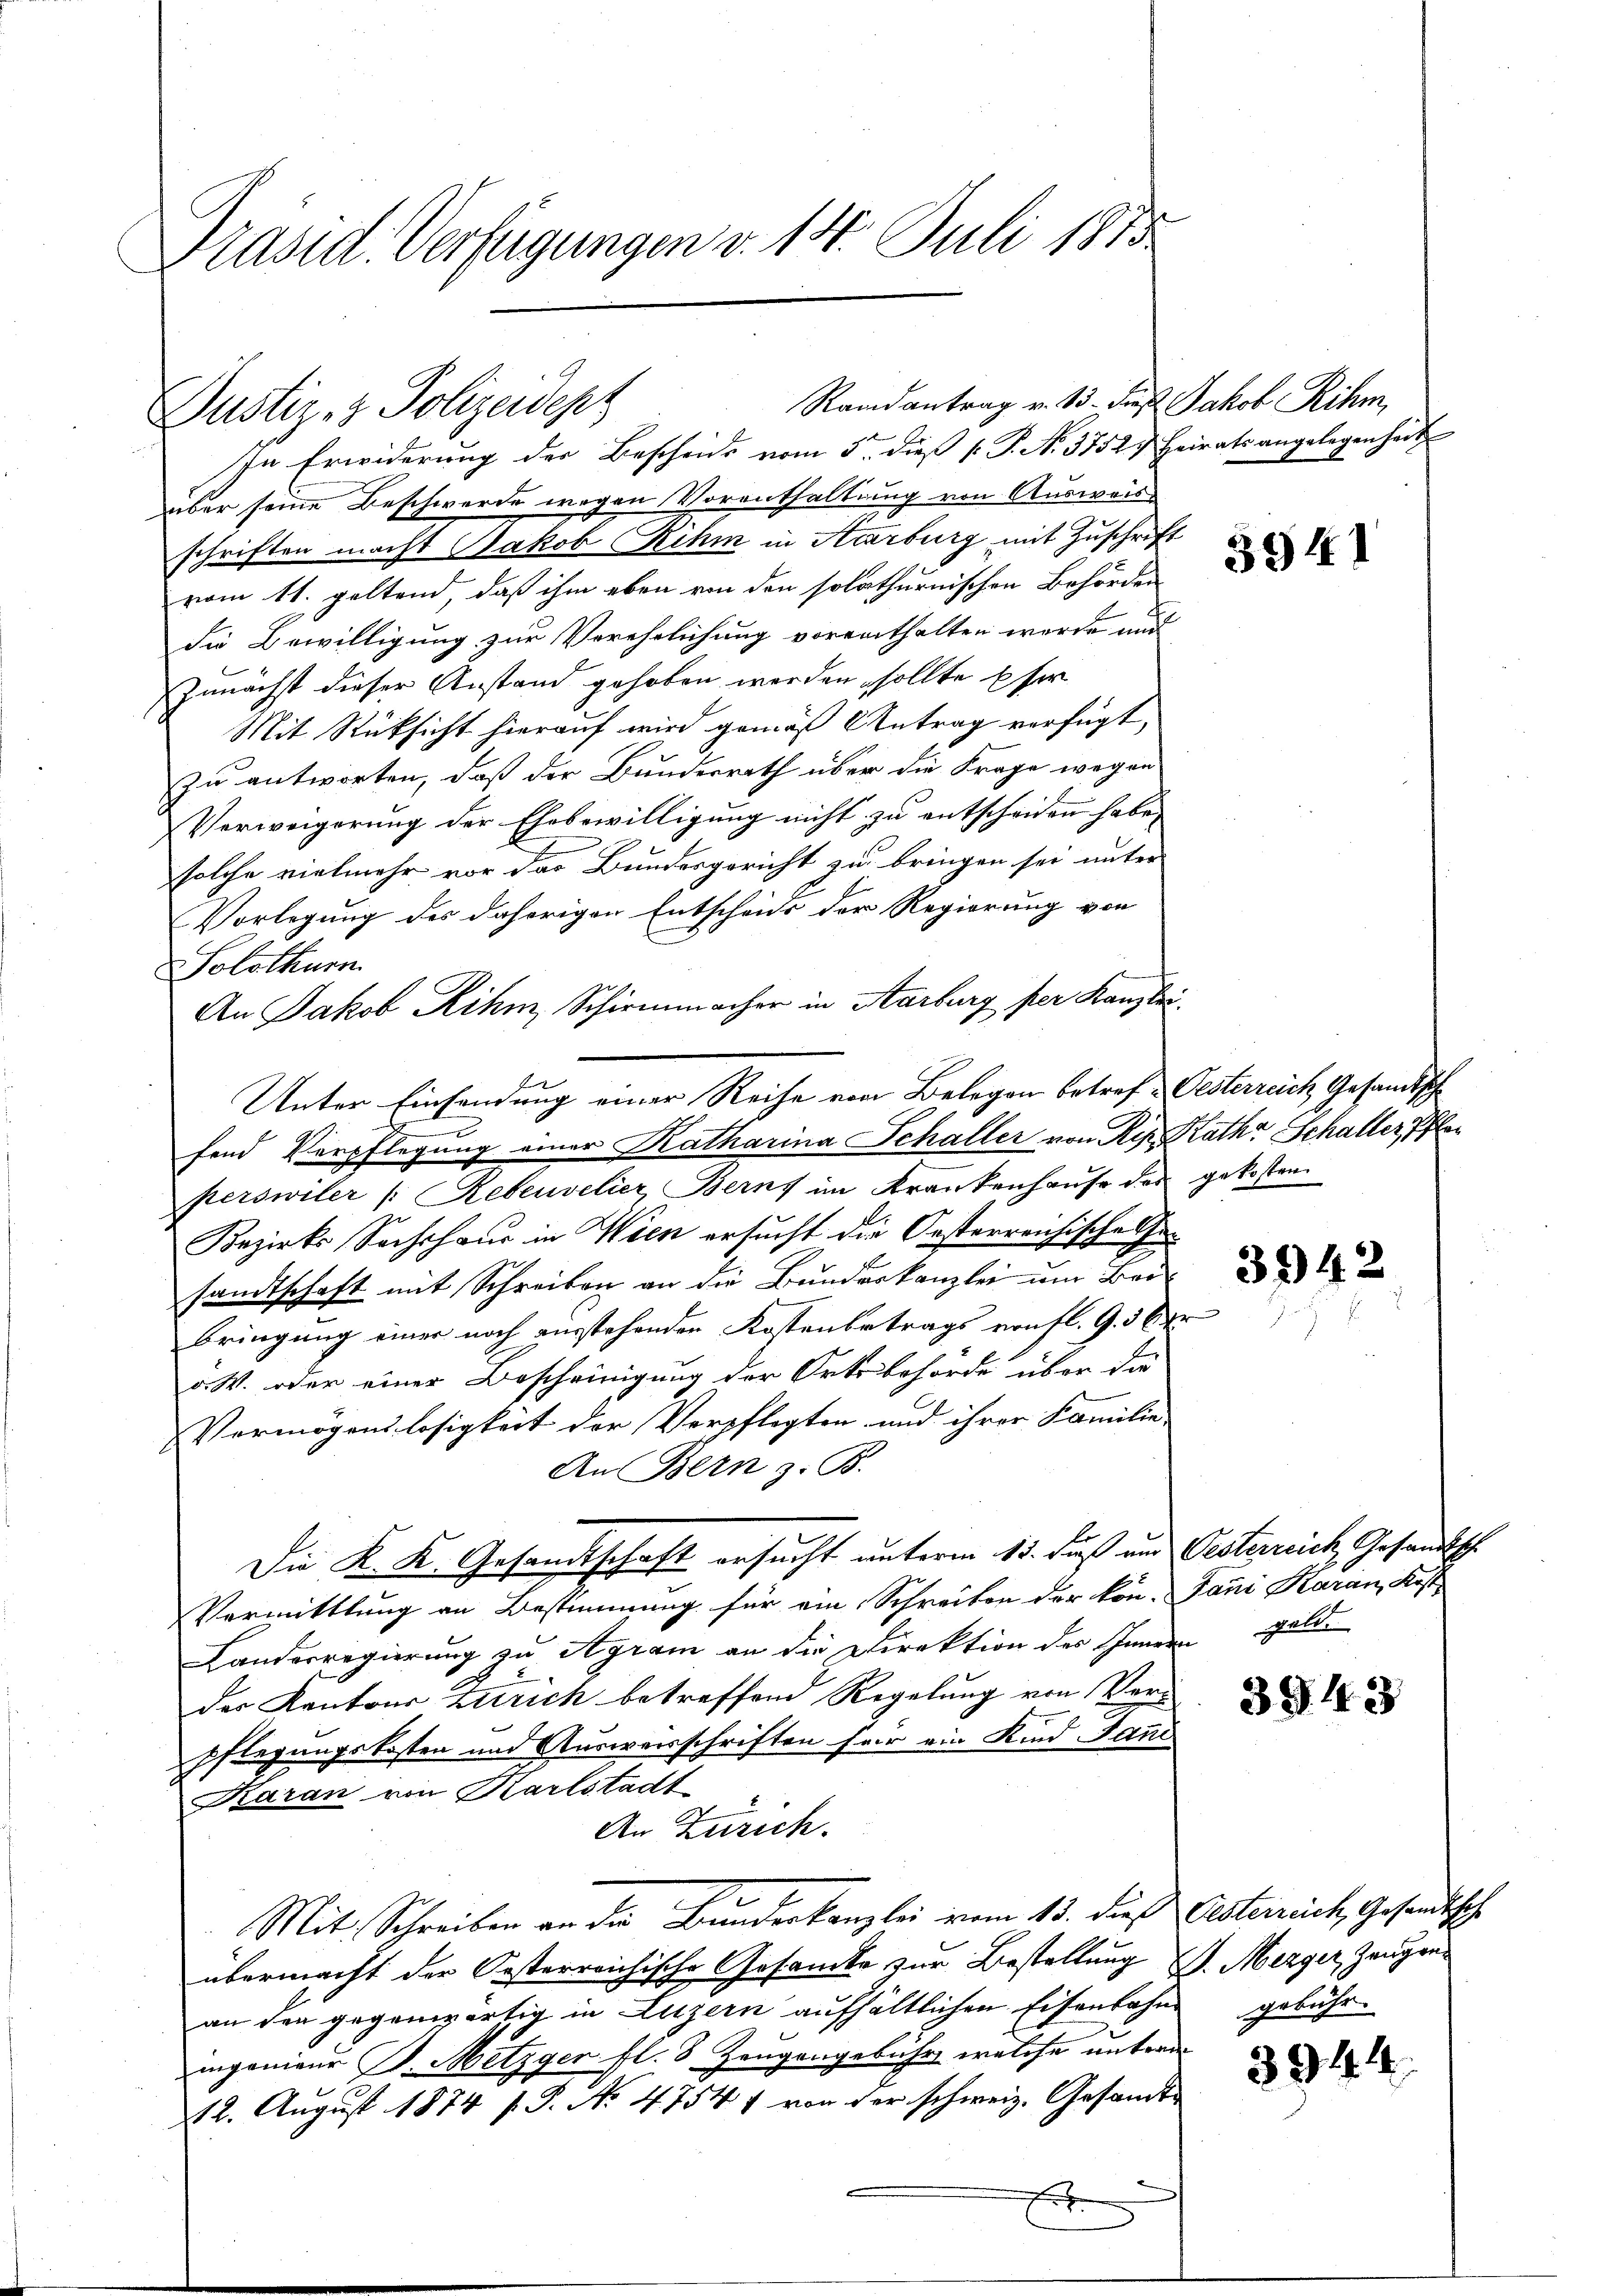
Präsid. Verfügungen v. 14. Juli 1815

Randantrag v. 13. dieß Jakob Rihm,
Justiz- & Polizeidepz

In Erwiderung der Bescheids vom 5. dieß [ P. N. 3752. Heirats angelegenheit
über seine Beschwerde wegen Vorenthaltung von Ausweis
schriften macht Jakob Rihm in Aarburg mit Zuschrift
vom 11. geltend, daß ihm eben von den solothurnischen Behörden
die Bewilligung zur Verehrlichung vorenthalten werde und
Zunächst dieser Anstand gehoben werden sollte Ese
Mit Rücksicht hierauf wird gemäß Antrag verfügt,
zu antworten, daß der Bundesrath über die Frage wegen
Verweigerung der Ehebewilligung nicht zu entscheiden habe, |
solche vielmehr vor das Bundesgericht zu bringen sei unter
Vorlegung des daherigen Entscheide der Regierung von
Solothurn
An Jakob Rihm, Schirmmacher in Aarburg per Kanzlei
Unter Einsendung einer Reihe von Belegen betref-Oesterreich, Gesandtsche
fend Verpflegung einer Katharina Schaller von Reg. Raths Schaller, Pfle
perswiler " Rebenvelier, Berns im Krankenhause des gekosten
e
Bezirks Sachshaus in Wien ersucht die Oesterreichisches Gesandtschaft mit Schreiben an die Bundeskanzlei um Beibringung einer noch ausstehenden Kostenbetrags von fl. 9. 3 Ver
a. W. oder einer Bescheinigung der Ortsbehörde über die
Vermögenslosigkeit der Verpflegten und ihrer Familie- |
An Bern z. B.
Die K. K. Gesandtschaft ersucht unterm 15. Fuß und Oesterreich, Gesandtsch
Vermittlung an Bestimmung für ein Schreiben der kön. Jani Aarau, Kost
Landerregierung zu Agram an die Direktion des Innern gelde
der Kantons Zürich betreffend Regelung von Verpflegungskosten und Ausweisschriften für ein Kind Jane
Aarau von Karlstadt
An Zürich.
Mit Schreiben an die Bundeskanzlei vom 13. dieß Gesterrich, Gesandtsche
übermacht der Oesterreichische Gesamte zur Bestellung d. Mezger, Zeugens
an den gegenwärtig in Luzern aufhältlichen Eisenbahnmgenieur J. Metzger fl. 8 Zeugengebühr welche untern
12. August 1874 s. S. No 47541 von der schweiz. Gesandte
E

5941

3942

3943

3944

gebühr.